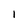
Character: 1